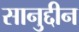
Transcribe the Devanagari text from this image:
सानुद्दीन